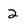
Character: 2